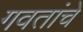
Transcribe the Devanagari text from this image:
गवतांचे